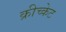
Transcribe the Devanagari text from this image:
क्रीच्केट